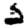
Digit: 2